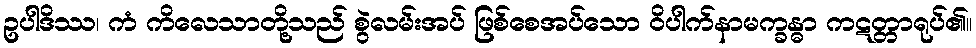
ဥပါဒိဿ၊ ကံ ကိလေသာတို့သည် စွဲလမ်းအပ် ဖြစ်စေအပ်သော ဝိပါက်နာမက္ခန္ဓာ ကဋတ္တာရုပ်၏။